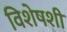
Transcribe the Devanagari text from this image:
विशेषशी